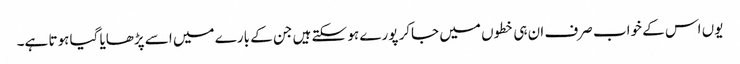
یوں اس کے خواب صرف ان ہی خطوں میں جاکر پورے ہو سکتے ہیں جن کے بارے میں اسے پڑھایا گیا ہوتا ہے۔